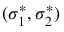
( \sigma _ { 1 } ^ { * } , \sigma _ { 2 } ^ { * } )